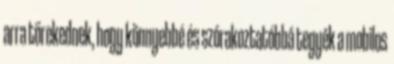
arra törekednek, hogy könnyebbé és szórakoztatóbbá tegyék a mobilos